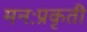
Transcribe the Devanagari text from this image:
मनःप्रकृती